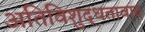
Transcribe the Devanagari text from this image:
अतिविशुद्धतावाद